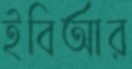
ইবিআর